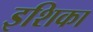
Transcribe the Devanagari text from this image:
इशिका